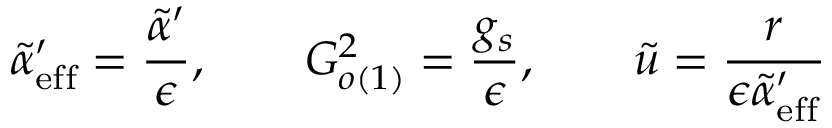
\tilde { \alpha } _ { \mathrm { e f f } } ^ { \prime } = \frac { \tilde { \alpha } ^ { \prime } } { \epsilon } , \qquad G _ { o ( 1 ) } ^ { 2 } = \frac { g _ { s } } { \epsilon } , \qquad \tilde { u } = \frac { r } { \epsilon \tilde { \alpha } _ { \mathrm { e f f } } ^ { \prime } }